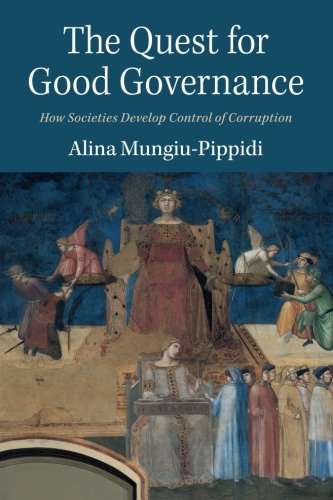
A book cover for The Quest for Good Governance: How Societies Develop Control of Corruption; Alina Mungiu-Pippidi; Law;